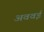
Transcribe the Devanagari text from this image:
अववई